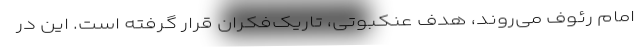
امام رئوف می‌روند، هدف عنکبوتی، تاریک‌فکران قرار گرفته است. این در